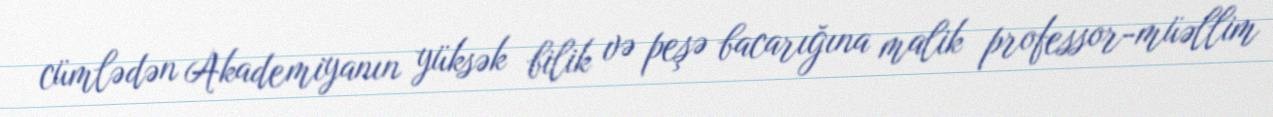
cümlədən Akademiyanın yüksək bilik və peşə bacarığına malik professor-müəllim